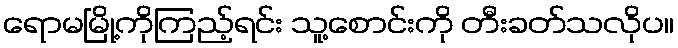
ရောမမြို့ကိုကြည့်ရင်း သူ့စောင်းကို တီးခတ်သလိုပ။